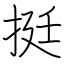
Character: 挺